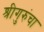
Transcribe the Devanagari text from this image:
श्रीगुरुंचा